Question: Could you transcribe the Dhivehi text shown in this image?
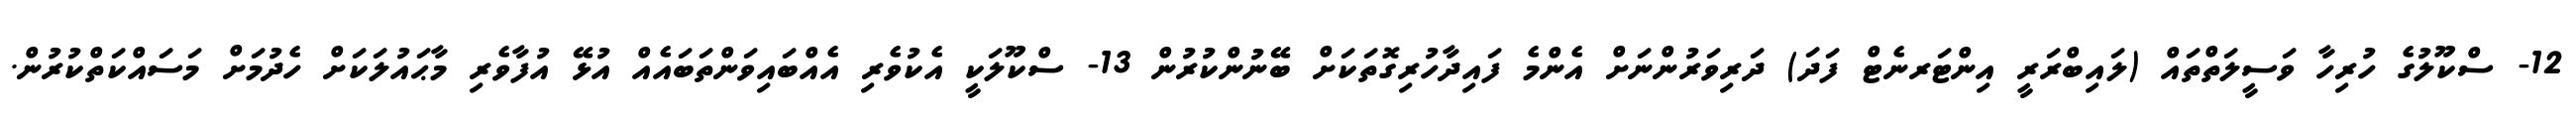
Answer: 12- ސްކޫލުގެ ހުރިހާ ވަސީލަތްތައް (ލައިބްރަރީ އިންޓަރނެޓް ފަދަ) ދަރިވަރުންނަށް އެންމެ ފައިދާހުރިގޮތަކަށް ބޭނުންކުރުން 13- ސްކޫލަކީ އެކުވެރި އެއްބައިވަންތަބައެއް އުޅޭ އުފާވެރި މާޙައުލަކަށް ހެދުމަށް މަސައްކަތްކުރުން.